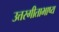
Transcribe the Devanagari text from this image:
उत्तरगीताभाष्य